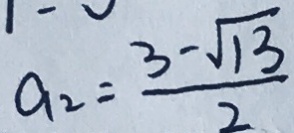
a _ { 2 } = \frac { 3 - \sqrt { 1 3 } } { 2 }